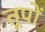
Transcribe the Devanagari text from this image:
तूपों